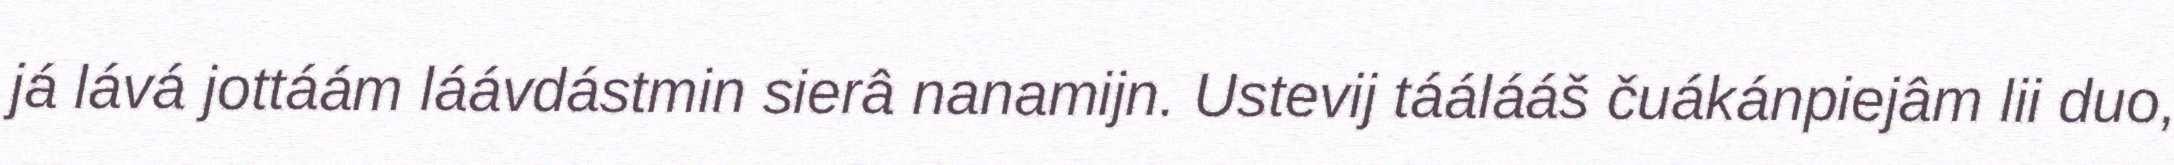
já lává jottáám láávdástmin sierâ nanamijn. Ustevij táálááš čuákánpiejâm lii duo,